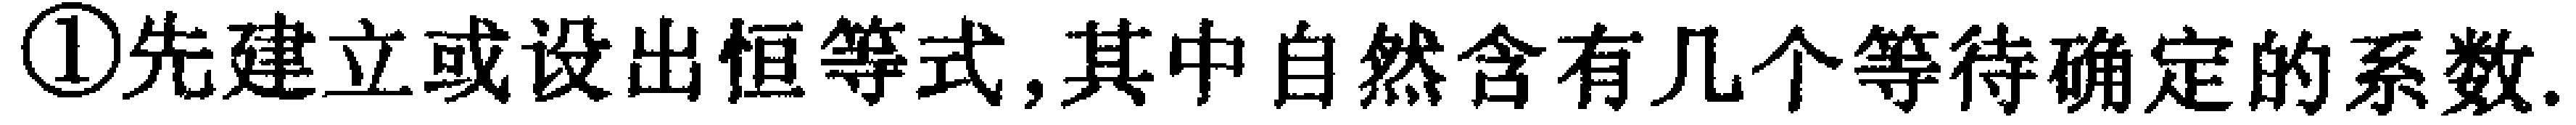
\textcircled{1}先建立或设出恒等式,其中自然含有几个等待确定的系数.